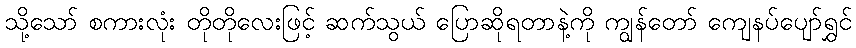
သို့သော် စကားလုံး တိုတိုလေးဖြင့် ဆက်သွယ် ပြောဆိုရတာနဲ့ကို ကျွန်တော် ကျေနပ်ပျော်ရွှင်